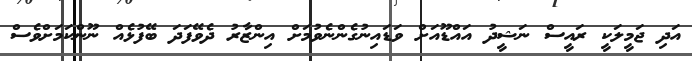
އަދި ޖަމީލަކީ ރައީސް ނަޝީދު އައްޑޫއަށް ވަޑައިނުގެންނެވުމަށް އިންޒާރު ދެވޭފަދަ ބޭފުޅެއް ނޫންކަމަށްވެސް